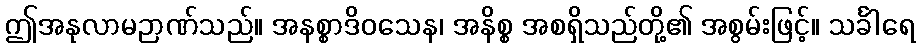
ဤအနုလာမဉာဏ်သည်။ အနစ္စာဒိဝသေန၊ အနိစ္စ အစရှိသည်တို့၏ အစွမ်းဖြင့်။ သင်္ခါရေ